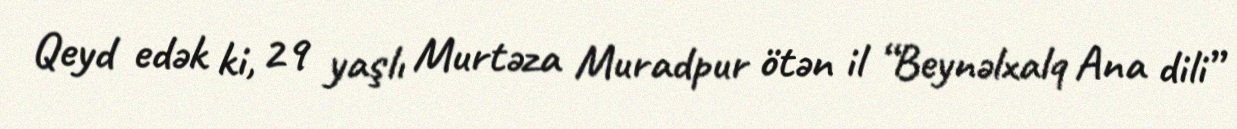
Qeyd edək ki, 29 yaşlı Murtəza Muradpur ötən il “Beynəlxalq Ana dili”